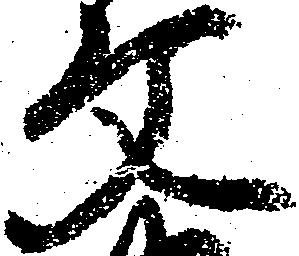
文